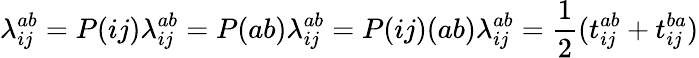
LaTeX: \lambda_{ij}^{ab}=P(ij)\lambda_{ij}^{ab}=P(ab)\lambda_{ij}^{ab}=P(ij)(ab)\lambda_{ij}^{ab}=\frac{1}{2}(t_{ij}^{ab}+t_{ij}^{ba})